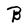
Character: B